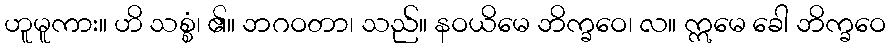
ဟူမူကား။ ဟိ သစ္စံ၊ ၏။ ဘဂဝတာ၊ သည်။ နဝယိမေ ဘိက္ခဝေ၊ လ။ ဣမေ ခေါ ဘိက္ခဝေ